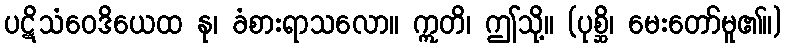
ပဋိသံဝေဒိယေထ နု၊ ခံစားရာသလော။ ဣတိ၊ ဤသို့။ (ပုစ္ဆိ၊ မေးတော်မူ၏။)